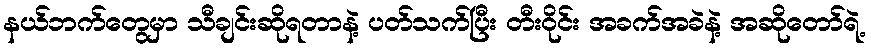
နယ်ဘက်တွေမှာ သီချင်းဆိုရတာနဲ့ ပတ်သက်ပြီး တီးဝိုင်း အခက်အခဲနဲ့ အဆိုတော်ရဲ့